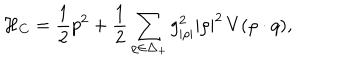
\mathcal { H } _ { C } = { \frac { 1 } { 2 } } p ^ { 2 } + { \frac { 1 } { 2 } } \sum _ { \rho \in \Delta _ { + } } { g _ { | \rho | } ^ { 2 } | \rho | ^ { 2 } } \, V ( \rho \cdot q ) ,